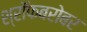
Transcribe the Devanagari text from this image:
श्रॉफबरोबर